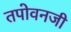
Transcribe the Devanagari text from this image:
तपोवनजी